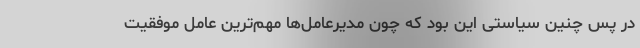
در پس چنین سیاستی این بود که چون مدیرعامل‌ها مهم‌ترین عامل موفقیت